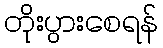
တိုးပွားစေရန်